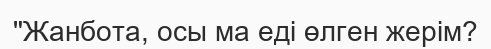
"Жанбота, осы ма еді өлген жерім?